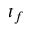
t _ { f }